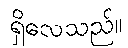
ရှိလေသည်။